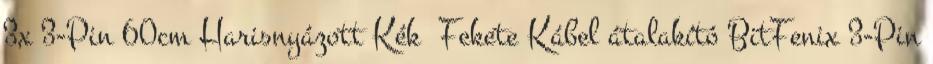
3x 3-Pin 60cm Harisnyázott Kék Fekete Kábel átalakító BitFenix 3-Pin